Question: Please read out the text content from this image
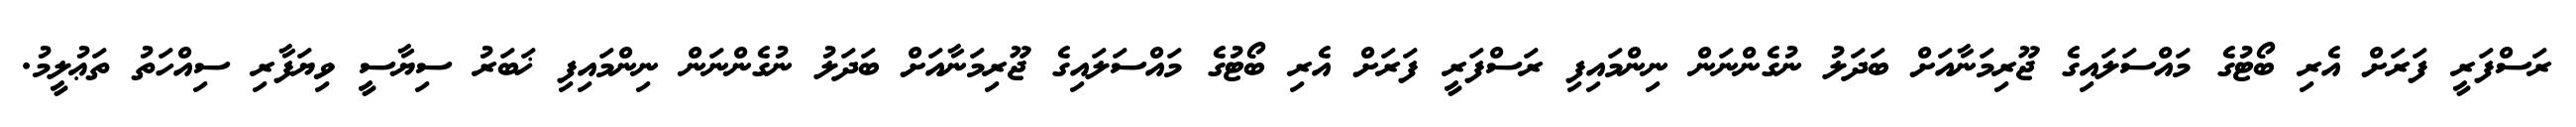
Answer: ރަސްފަރީ ފަރަށް އެރި ބޯޓުގެ މައްސަލައިގެ ޖޫރިމަނާއަށް ބަދަލު ނުގެންނަން ނިންމައިފި ރަސްފަރީ ފަރަށް އެރި ބޯޓުގެ މައްސަލައިގެ ޖޫރިމަނާއަށް ބަދަލު ނުގެންނަން ނިންމައިފި ޚަބަރު ސިޔާސީ ވިޔަފާރި ސިއްހަތު ތަޢުލީމު.